[Report on the health of British troops in the Madras command]
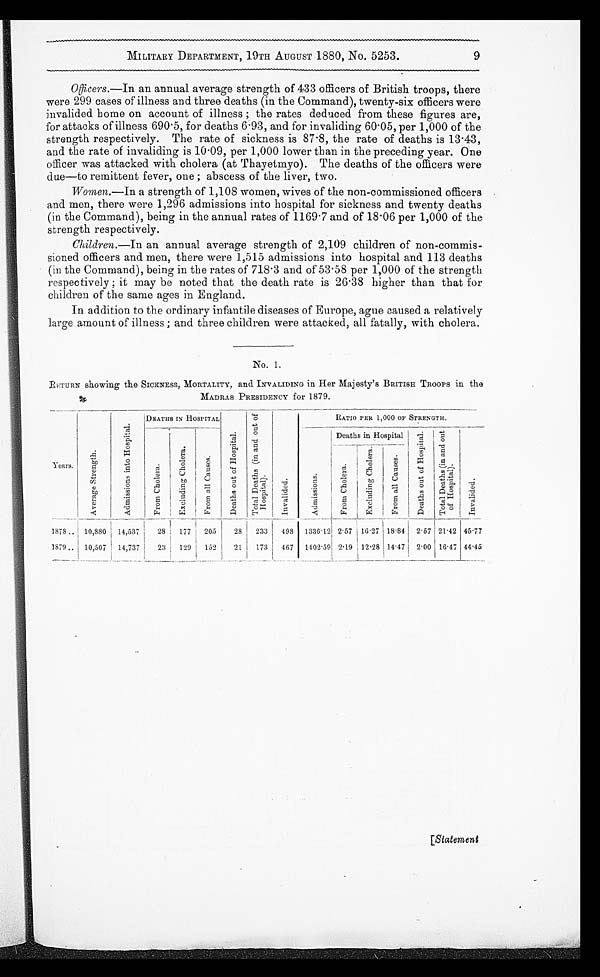
MILITARY DEPARTMENT, 19TH AUGUST 1880, No. 5253.
Officers.—In an annual average strength of 433 officers of British troops, there
were 299 cases of illness and three deaths (in the Command), twenty-six officers were
invalided home on account of illness; the rates deduced from these figures are,
for attacks of illness 690.5, for deaths 6.93, and for invaliding 60.05, per 1,000 of the
strength respectively. The rate of sickness is 87.8, the rate of deaths is 13.43,
and the rate of invaliding is 10.09, per 1,000 lower than in the preceding year. One
officer was attacked with cholera (at Thayetmyo). The deaths of the officers were
due—to remittent fever, one; abscess of the liver, two.
Women.—In a strength of 1,108 women, wives of the non-commissioned officers
and men, there were 1,296 admissions into hospital for sickness and twenty deaths
(in the Command), being in the annual rates of 1169.7 and of 18.06 per 1,000 of the
strength respectively.
Children.—In an annual average strength of 2,109 children of non commis
-sioned officers and men, there were 1,515 admissions into hospital and 113 deaths
(in the Command), being in the rates of 718.3 and of 53.58 per 1,000 of the strength
respectively; it may be noted that the death rate is 26.38 higher than that for
children of the same ages in England.
In addition to the ordinary infantile diseases of Europe, ague ague caused a relatively
large amount of illness; and three children were attacked, all fatally, with cholera.
No. 1.
RETURN showing the SICKNESS, MORTALITY, and INVALIDING in Her Majesty's BRITISH TROOPS in the
MADRAS PRESIDENCY for 1879.
y e a r s .
A v e r a g e s t r e n g t h .
A d m i s s i o n s i n t o H o s p i t a
l s .
DEATHS IN HOSPITAL
D e a t h s o u t o f H o s p i t a l
.
T o t a l D e a t h s ( i n a n d o u t o f H o s p i t a l s )
.
I n v a l i d e
d.
A d m i s s i o n s .
RATIO PER 1,000 OF STRENGTH.
I n v a l i d e d .
F r o m C h o l e r a .
E x c l u d i n g C h o l e r a
.
F r o m a l l c a u s e s .
Deaths in Hospital
D e a t h s o u t o f H o s p i t a l s .
Tot a l De a t hs ( i n a nd out of Hos pi t a l ) .
F r o m C h o l e r a .
E x c l u d i n g C h o l e r a .
F r o m a l l C a u s e s .
1878 . . . 10,880
14,537
28 177
205
28
233
498
1336.12 2.57 16.27 18.84 2 . 57 21.42 45.77
1879 . . . 10,507
14,737
23
129
152
21
173
467 1402.59 2.19 12 . 28 14 . 47 2.00 16.47 44.45
9